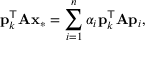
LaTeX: \mathbf { p } _ { k } ^ { \mathsf { T } } \mathbf { A } \mathbf { x } _ { * } = \sum _ { i = 1 } ^ { n } \alpha _ { i } \mathbf { p } _ { k } ^ { \mathsf { T } } \mathbf { A } \mathbf { p } _ { i } ,